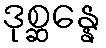
ဒုစ္ဆန္နေ